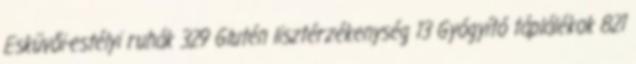
Esküvői-estélyi ruhák 329 Glutén lisztérzékenység 13 Gyógyító táplálékok 821